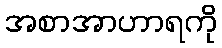
အစာအာဟာရကို